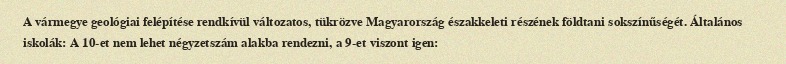
A vármegye geológiai felépítése rendkívül változatos, tükrözve Magyarország északkeleti részének földtani sokszínűségét. Általános iskolák: A 10-et nem lehet négyzetszám alakba rendezni, a 9-et viszont igen: